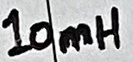
Text: 10mH